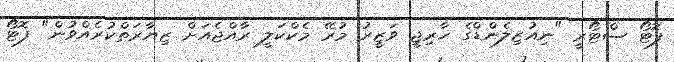
ފޮޓޯ ސްޓޯރީ "ނިއުޒިލެންޑްގެ ޚާރިޖީ ވަޒީރު މުރޭ މެކްކަލީ ރާއްޖެއަށް ޒިޔާރަތްކުރެއްވުން" ފޮޓޯ